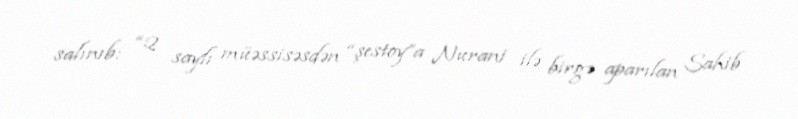
salınıb: “2 saylı müəssisəsdən “şestoy”a Nurani ilə birgə aparılan Sahib